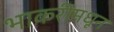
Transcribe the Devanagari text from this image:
भाकरीमधून